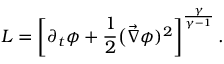
{ \cal L } = \left[ \partial _ { t } \phi + \frac { 1 } { 2 } \big ( \vec { \nabla } \phi ) ^ { 2 } \right] ^ { \frac { \gamma } { \gamma - 1 } } .